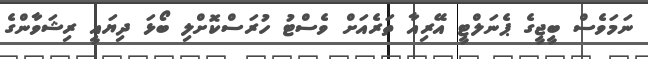
ނަމަވެސް ބީޖީގެ ޕެނަލްޓީ އޭރިއާ ތަރެއަށް ވެސްޓު ހުރަސްކޮށްލި ބޯޅަ ދިޔައީ ރިޝަވާންގެ